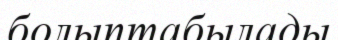
болыптабылады